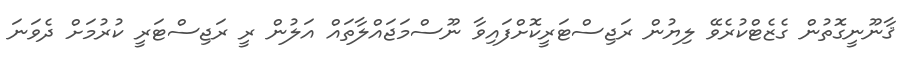
ޤާނޫނީގޮތުން ގެޒެޓްކުރެވޭ ލިޔުން ރަޖިސްޓަރީކޮށްފައިވާ ނޫސްމަޖައްލާތައް އަލުން ރީ ރަޖިސްޓަރީ ކުރުމަށް ދެވަނަ